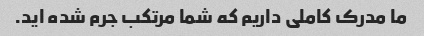
ما مدرک کاملی داریم که شما مرتکب جرم شده اید.